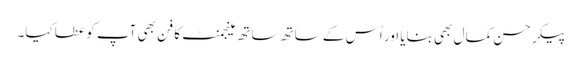
پیکر حسن کمال بھی بنایا اور اُس کے ساتھ ساتھ مینجمنٹ کا فن بھی آپ کو عطا کیا۔